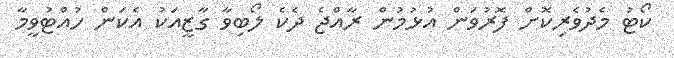
ކޯޓު މެދުވެރިކޮށް ފޮރުވަން އުޅުމުން ރާއްޖެ ދެކެ ލޯބިވާ ގާޒީއަކު އެކަން ހުއްޓުވީމާ